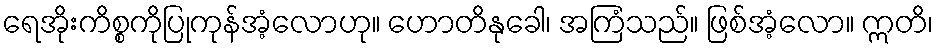
ရေအိုးကိစ္စကိုပြုကုန်အံ့လောဟု။ ဟောတိနုခေါ၊ အကြံသည်။ ဖြစ်အံ့လော။ ဣတိ၊